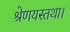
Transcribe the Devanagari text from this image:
श्रेणयस्तथा।